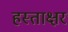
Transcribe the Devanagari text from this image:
हस्‍ताक्षर